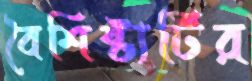
বৈশিষ্ট্যটির